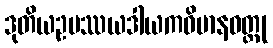
ဒုတိယဥပဿယဒါယကဝိမာနဝတ္ထု